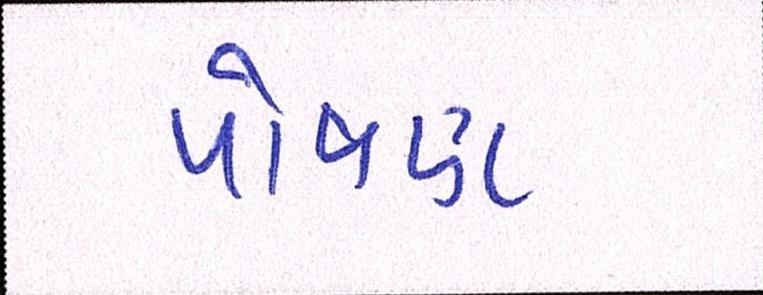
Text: પોષણ